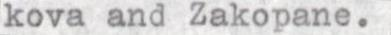
kova and Zakopane.